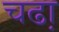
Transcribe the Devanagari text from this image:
चढा़